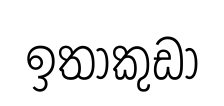
ඉතාකුඩා